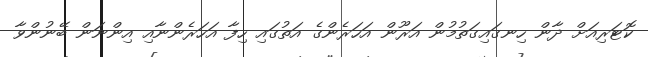
ކޮޓަރިއަށް ދާން ހިނގައިގަތުމުން އަރޫން އަހަރެންގެ އަތުގައި ހިފާ އަހަރެންނާއި އިންނަން ބޭނުންވާ